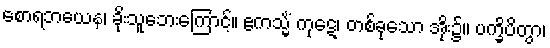
စောရဘယေန၊ ခိုးသူဘေးကြောင့်။ ဧကသ္မိံ ကုဋေ၊ တစ်ခုသော အိုး၌။ ပက္ခိပိတွာ၊